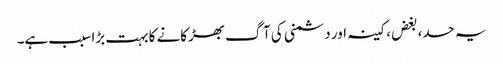
یہ حسد، بغض، کینہ اور دشمنی کی آگ بھڑکانے کا بہت بڑا سبب ہے۔